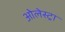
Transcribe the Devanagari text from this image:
ओलेस्ट्रा